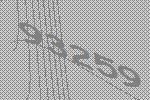
93259